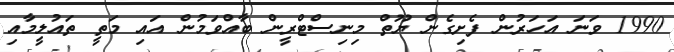
1990 ވަނަ އަހަރުން ފެށިގެން ޔޫތް މިނިސްޓްރީން ބާއްވަމުން އައި މަތީ ތައުލީމާއި